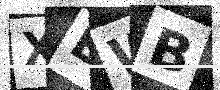
Text: XEWB